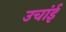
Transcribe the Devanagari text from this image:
उचांई